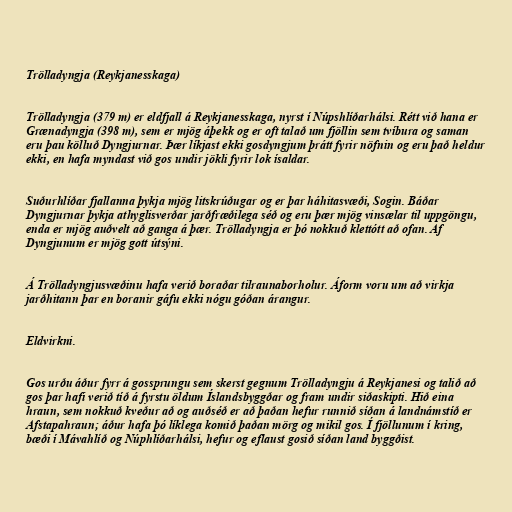
Trölladyngja (Reykjanesskaga)

Trölladyngja (379 m) er eldfjall á Reykjanesskaga, nyrst í Núpshlíðarhálsi. Rétt við hana er
Grænadyngja (398 m), sem er mjög áþekk og er oft talað um fjöllin sem tvíbura og saman
eru þau kölluð Dyngjurnar. Þær líkjast ekki gosdyngjum þrátt fyrir nöfnin og eru það heldur
ekki, en hafa myndast við gos undir jökli fyrir lok ísaldar.

Suðurhlíðar fjallanna þykja mjög litskrúðugar og er þar háhitasvæði, Sogin. Báðar
Dyngjurnar þykja athyglisverðar jarðfræðilega séð og eru þær mjög vinsælar til uppgöngu,
enda er mjög auðvelt að ganga á þær. Trölladyngja er þó nokkuð klettótt að ofan. Af
Dyngjunum er mjög gott útsýni.

Á Trölladyngjusvæðinu hafa verið boraðar tilraunaborholur. Áform voru um að virkja
jarðhitann þar en boranir gáfu ekki nógu góðan árangur.

Eldvirkni.

Gos urðu áður fyrr á gossprungu sem skerst gegnum Trölladyngju á Reykjanesi og talið að
gos þar hafi verið tíð á fyrstu öldum Íslandsbyggðar og fram undir siðaskipti. Hið eina
hraun, sem nokkuð kveður að og auðséð er að þaðan hefur runnið síðan á landnámstíð er
Afstapahraun; áður hafa þó líklega komið þaðan mörg og mikil gos. Í fjöllunum í kring,
bæði í Mávahlíð og Núphlíðarhálsi, hefur og eflaust gosið síðan land byggðist.